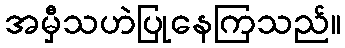
အမှီသဟဲပြုနေကြသည်။